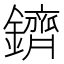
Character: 鑇